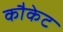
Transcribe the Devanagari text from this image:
कौकेट